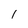
Character: 1